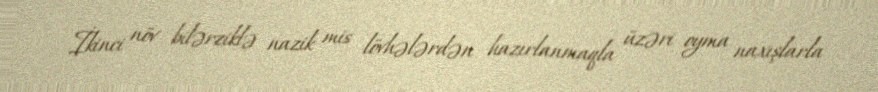
İkinci növ bilərziklə nazik mis lövhələrdən hazırlanmaqla üzəri oyma naxışlarla